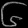
Digit: ၆